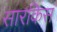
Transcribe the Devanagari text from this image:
सारकिस